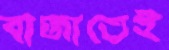
বাজাতেই